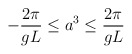
\begin{align*}-\frac{2\pi}{gL} \leq a^{3} \leq \frac{2\pi}{gL}\end{align*}